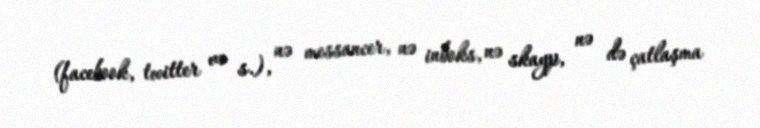
(facebook, twitter və s.), nə messancer, nə inboks, nə skayp, nə də çatlaşma